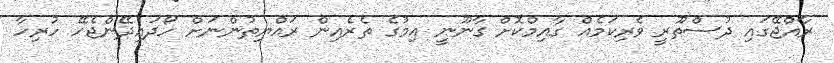
ރާއްޖޭގައި ދުސްތޫރީ ވެރިކަމެއް ގާއިމްކޮށް ގާނޫނީ އިމުގެ ތެރެއިން ރައްޔިތުންނަށް ހޯދައިދޭންޖެހޭ ހުރިހާ